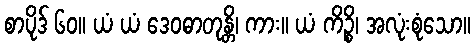
စာပိုဒ် ၆၀။ ယံ ယံ ဒေဝဓာတုန္တိ၊ ကား။ ယံ ကိဉ္စိ၊ အလုံးစုံသော။